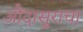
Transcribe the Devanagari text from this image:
औंदासुराचा